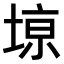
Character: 𫮎